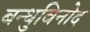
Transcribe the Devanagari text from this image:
बन्धुविनोद